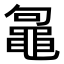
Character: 𪓟